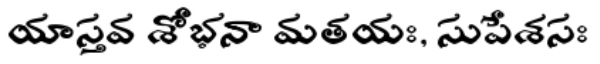
యాస్తవ శోభనా మతయః, సుపేశసః